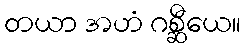
တယာ အဟံ ဂစ္ဆီယေ။